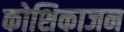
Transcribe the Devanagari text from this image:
कोशिकाजन